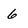
Character: 6